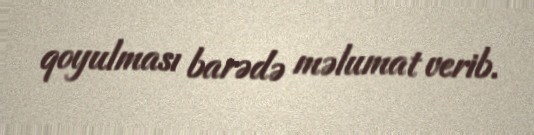
qoyulması barədə məlumat verib.